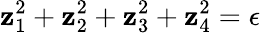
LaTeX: \mathbf{z}_{1}^{2}+\mathbf{z}_{2}^{2}+\mathbf{z}_{3}^{2}+\mathbf{z}_{4}^{2}=\epsilon